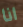
انا